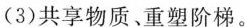
(3)共享物质、重塑阶梯。